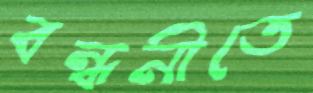
বন্ধনীতে